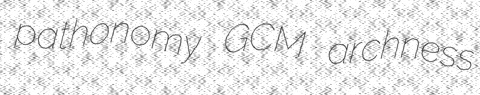
pathonomy GCM archness